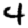
Digit: 4